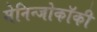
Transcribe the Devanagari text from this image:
मेनिन्जोकॉकी